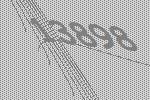
13898